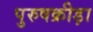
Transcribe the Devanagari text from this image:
पुरुषक्रीड़ा